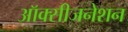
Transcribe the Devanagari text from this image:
ऑक्सीजनेशन